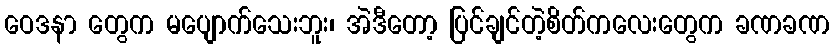
ဝေဒနာ တွေက မပျောက်သေးဘူး၊ အဲဒီတော့ ပြင်ချင်တဲ့စိတ်ကလေးတွေက ခဏခဏ